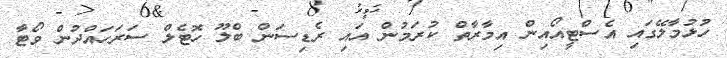
ހުޅުމާލޭގައި އެސްޓީއޯއިން އިމާރާތް ކުރަމުން އައި ރެޑިސަން ބްލޫ ހޮޓެލް ސަރަހައްދުން ވޯޓާ